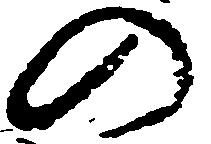
の